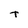
Character: t